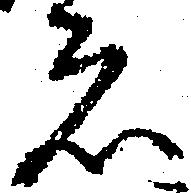
者